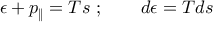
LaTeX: \epsilon + p _ { \| } = T s \ ; \qquad d \epsilon = T d s